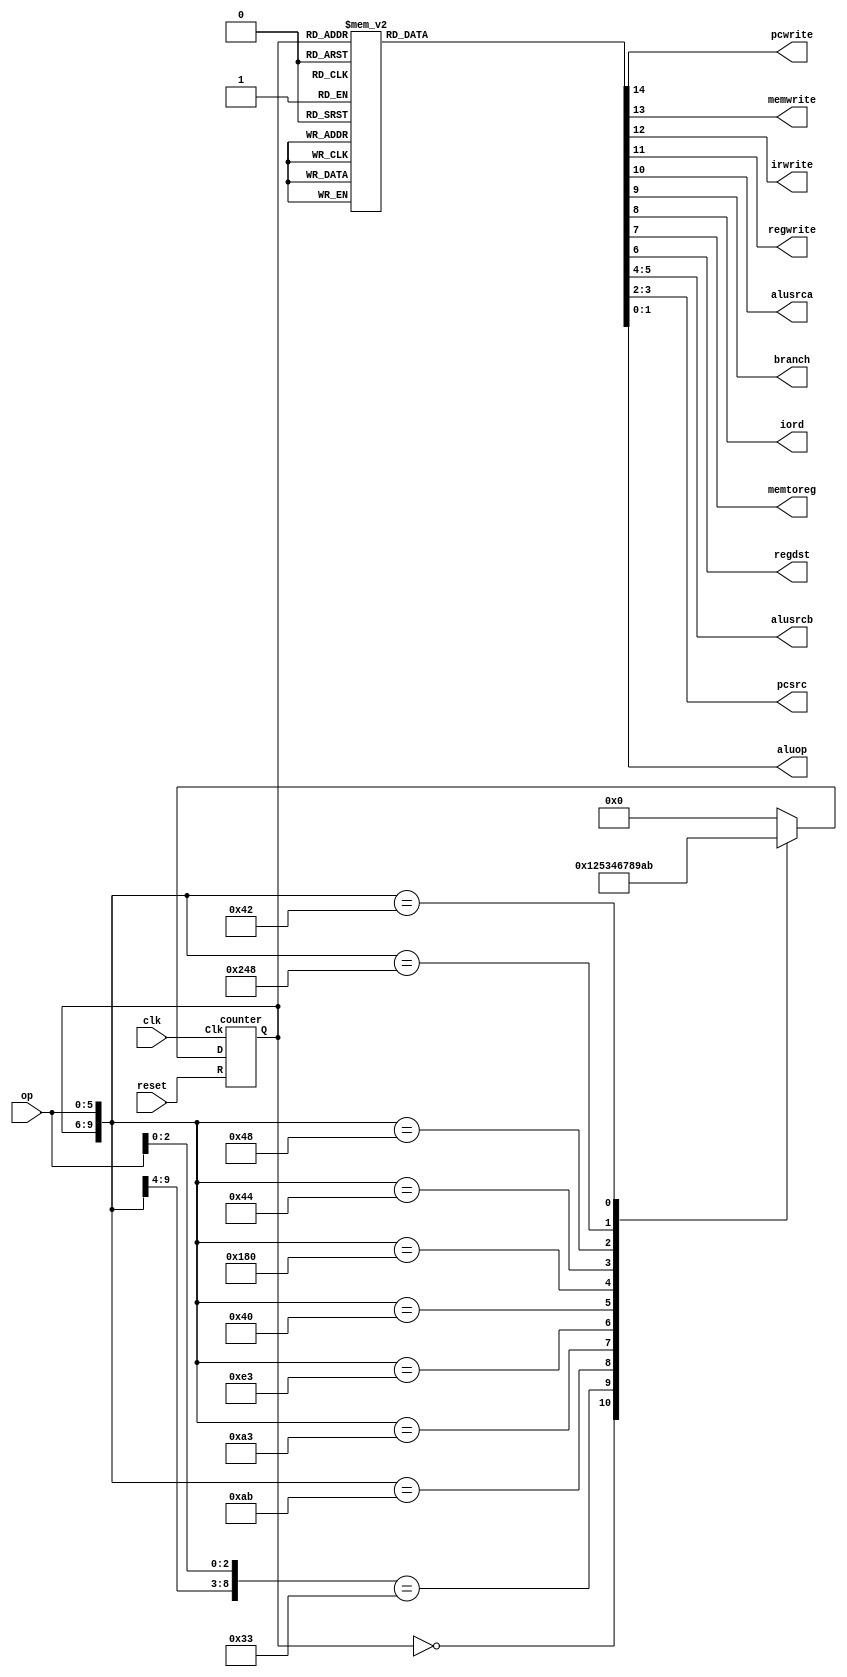

module maindec(input       clk, reset, //FSM that controls select signals for every multiprocessor cycle
               input [5:0] op,
               output      pcwrite, memwrite, irwrite, regwrite,
               output      alusrca, branch, iord, memtoreg, regdst,
               output [1:0] alusrcb, pcsrc, aluop);

reg [3:0] next; //define state variable count, output of the state variable word (combination of select signals), and the proceeding state variable next.
wire [3:0] count;
reg [14:0] word;

counter Counter(.D(next),.R(reset),.Clk(clk),.Q(count)); //define the main register for state storage

always @(count) //define the paths of FSM diagram by the current state 'count' and the current state datapath information 'op' to determine the next state 'next'
begin 
	casez({count,op})
		10'b0000??????: next = 4'b0001; //base case
		10'b000110?011: next = 4'b0010; //lw, sw
		10'b0010101011: next = 4'b0101;
		10'b0010100011: next = 4'b0011;
		10'b0011100011: next = 4'b0100;

		10'b0001000000: next = 4'b0110; //r-type
		10'b0110000000: next = 4'b0111; 
		10'b0001000100: next = 4'b1000; //branch
		10'b0001001000: next = 4'b1001; //addi
		10'b1001001000: next = 4'b1010;
		10'b0001000010: next = 4'b1011; //jump
		
		default: next = 4'b0000;	// base case: assume the decoder only accepts lab-required instructions.
	endcase
end

always @* //define the decoder (output) of the FSM
begin
	case(count)
		/*4'b0000: word = 15'b101000000010000; //NOTE: this version also works due to the fact some select signals become don't cares after the decode stage.
		4'b0001: word = 15'b000000000110000;
		4'b0010: word = 15'b000010000100000;
		4'b0011: word = 15'b000010100100000;
		4'b0100: word = 15'b000110010100000;
		4'b0101: word = 15'b010010100100000;
		4'b0110: word = 15'b000010000000010;
		4'b0111: word = 15'b000110001000010;
		4'b1000: word = 15'b000011000000101;
		4'b1001: word = 15'b000010000100000;
		4'b1010: word = 15'b000110000100000;
		4'b1011: word = 15'b100000000001000;
		default: word = 15'b101000000010000; */

		4'b0000: word = 15'b101000000010000; //This version of select signals matches the lab chart. State-0 output: base case.
		4'b0001: word = 15'b000000000110000; //State-1 to...
		4'b0010: word = 15'b000010000100000;
		4'b0011: word = 15'b000000100000000;
		4'b0100: word = 15'b000100010000000;
		4'b0101: word = 15'b010000100000000;
		4'b0110: word = 15'b000010000000010;
		4'b0111: word = 15'b000100001000000;
		4'b1000: word = 15'b000011000000101;
		4'b1001: word = 15'b000010000100000;
		4'b1010: word = 15'b000100000000000;
		4'b1011: word = 15'b100000000001000; //...11 outputs.
		default: word = 15'b101000000010000; //base case. Assume no other states are valid.
	endcase
end

assign {pcwrite, memwrite, irwrite, regwrite, alusrca, branch, iord, memtoreg, regdst, alusrcb, pcsrc, aluop} = word; //distribute output to appropriate destinations.

endmodule

module aludec(input [5:0] funct, input [1:0] aluop, output reg [2:0] alucontrol); // aludec defines the control signal for the ALU depending on the state, alu op, and funct.

always @*
begin
	casez({aluop,funct})
		8'b00??????: alucontrol = 3'b010; //not R-type.
		8'b?1??????: alucontrol = 3'b110;
		8'b1?100000: alucontrol = 3'b010; //R-type.
		8'b1?100010: alucontrol = 3'b110;
		8'b1?100100: alucontrol = 3'b000;
		8'b1?100101: alucontrol = 3'b001;
		8'b1?101010: alucontrol = 3'b111;
	endcase
end

endmodule

module counter(input [3:0] D, input R, Clk, output reg [3:0] Q); //the register for FSM, same structure as the flipflop.

always @(posedge Clk)
begin
	if(R==1'b1) begin
		Q <= 4'b0;
	end else begin
		Q <= D;
	end
end

endmodule